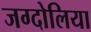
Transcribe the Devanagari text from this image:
जग्दोलिया